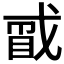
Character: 𪭑